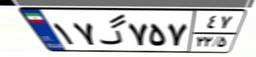
۸۷گ۱۰۶۸۶